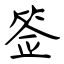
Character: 签